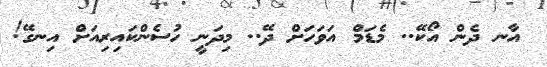
އާނ ދެން އޯކޭ.. މެޑަމް އަވަހަށް ދޭ.. މިދަނީ ހުސެންކައިރިއަށް އިނގޭ!